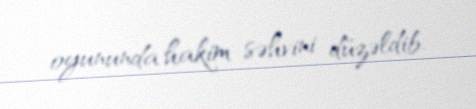
oyununda hakim səhvini düzəldib.